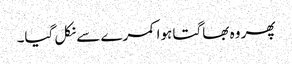
پھر وہ بھاگتا ہوا کمرے سے نکل گیا۔